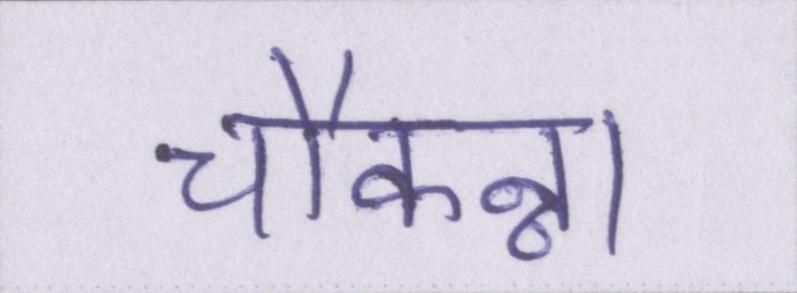
चौकन्ना